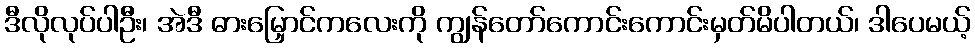
ဒီလိုလုပ်ပါဦး၊ အဲဒီ ဓားမြှောင်ကလေးကို ကျွန်တော်ကောင်းကောင်းမှတ်မိပါတယ်၊ ဒါပေမယ့်